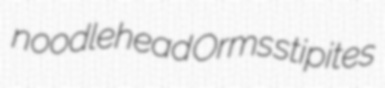
noodlehead Orms stipites